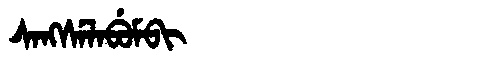
Manchu: ᠰᠠᠩᠰᡝᠯᠠᠪᡠᠮᠪᡳ
Romanization: SANGSELABUMBI